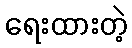
ရေးထားတဲ့